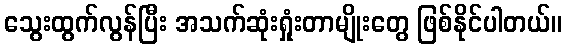
သွေးထွက်လွန်ပြီး အသက်ဆုံးရှုံးတာမျိုးတွေ ဖြစ်နိုင်ပါတယ်။